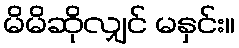
မိမိဆိုလျှင် မနှင်း။